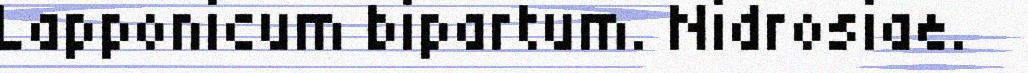
Lapponicum bipartum. Nidrosiae.